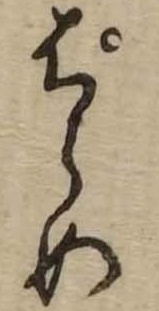
ぱらめ